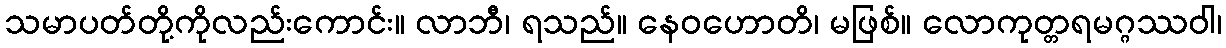
သမာပတ်တို့ကိုလည်းကောင်း။ လာဘီ၊ ရသည်။ နေဝဟောတိ၊ မဖြစ်။ လောကုတ္တရမဂ္ဂဿဝါ၊